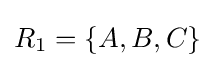
R_{1}=\{A,B,C\}